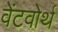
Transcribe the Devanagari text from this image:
वेंटवोर्थ